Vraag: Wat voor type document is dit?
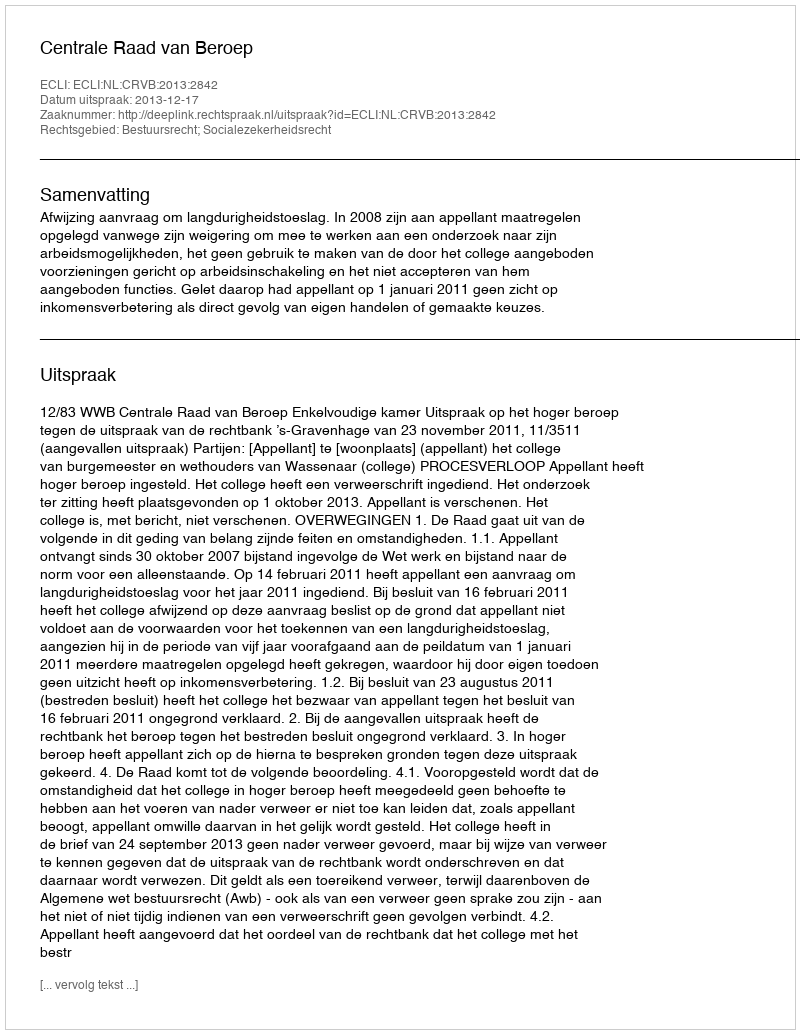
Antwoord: Uitspraak